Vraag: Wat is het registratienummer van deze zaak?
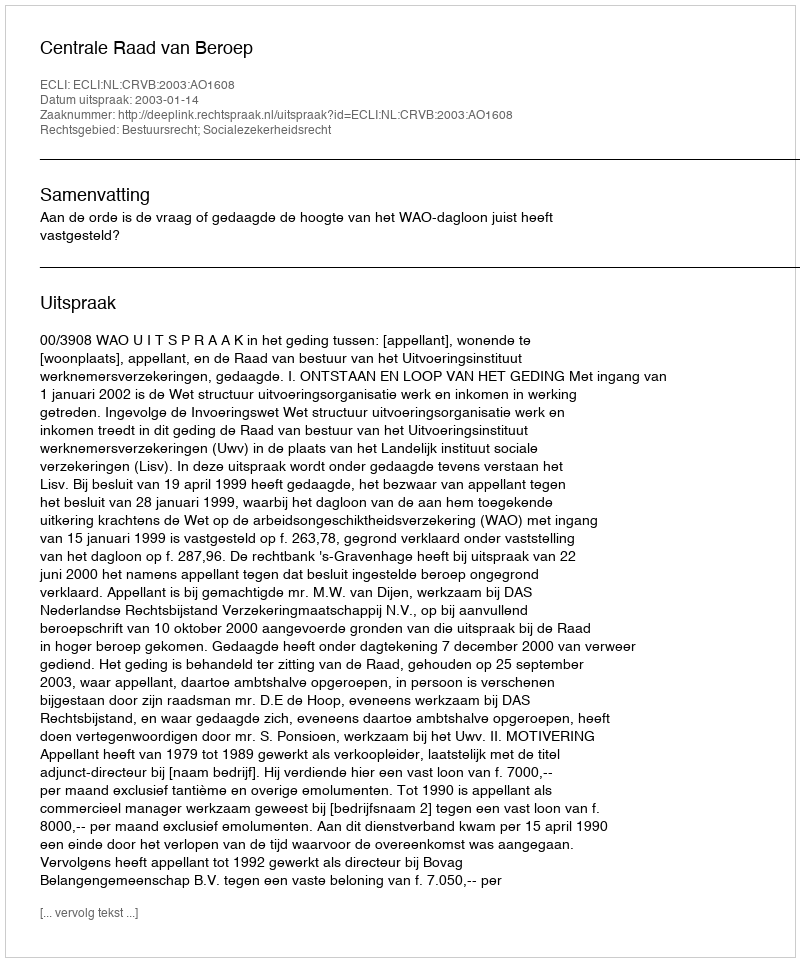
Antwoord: http://deeplink.rechtspraak.nl/uitspraak?id=ECLI:NL:CRVB:2003:AO1608